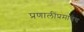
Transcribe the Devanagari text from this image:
प्रणालींप्रमाणेच